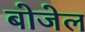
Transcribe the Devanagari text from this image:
बोजेल